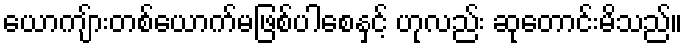
ယောကျ်ားတစ်ယောက်မဖြစ်ပါစေနှင့် ဟုလည်း ဆုတောင်းမိသည်။